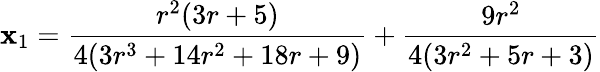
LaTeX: \mathbf{x}_{1}=\frac{{r^{2}(3r+5)}}{{4(3r^{3}+14r^{2}+18r+9)}}+\frac{{9r^{2}}}{{4(3r^{2}+5r+3)}}